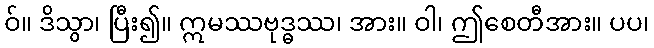
ဝ်။ ဒိသွာ၊ ပြီး၍။ ဣမဿဗုဒ္ဓဿ၊ အား။ ဝါ၊ ဤစေတီအား။ ပပ၊